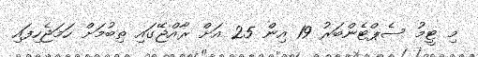
މި ޓީމު ސެޕްޓެންބަރު 19 އިން 25 އަށް ރާއްޖޭގައި ތިބުމަށް ހަމަޖެހިފައި